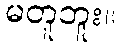
မတူဘူး။